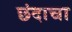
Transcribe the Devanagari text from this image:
छंदाचा